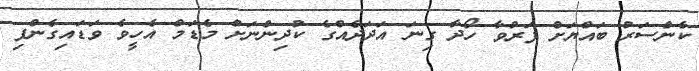
ކެންސަރު ބައްޔަށް ފަރުވާ ހޯދާ ގިނަ އަދަދެއްގެ ކުދިންނަށް މެޑަމް އެހީވެ ވަޑައިގެންފި